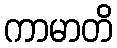
ကာမာတိ